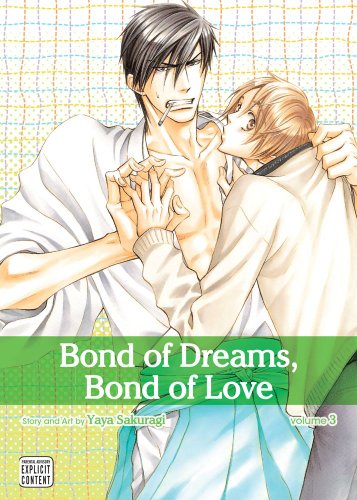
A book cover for Bond of Dreams, Bond of Love, Vol. 3; Yaya Sakuragi; Comics & Graphic Novels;